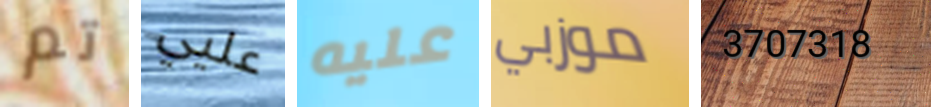
تم عليي عليه موزبي 3707318